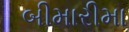
બીમારીમા